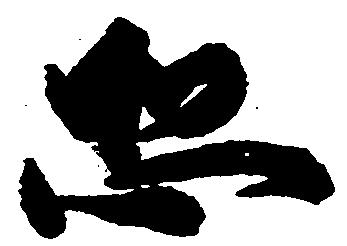
恐